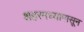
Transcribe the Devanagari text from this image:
शहरमध्यापासून